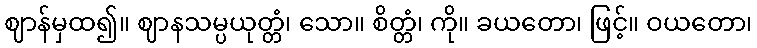
ဈာန်မှထ၍။ ဈာနသမ္ပယုတ္တံ၊ သော။ စိတ္တံ၊ ကို။ ခယတော၊ ဖြင့်။ ဝယတော၊